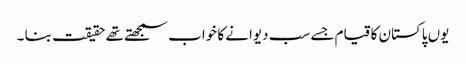
یوں پاکستان کا قیام جسے سب دیوانے کا خواب سمجھتے تھے حقیقت بنا ۔